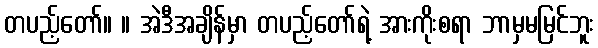
တပည့်တော်။ ။ အဲဒီအချိန်မှာ တပည့်တော်ရဲ့ အားကိုးစရာ ဘာမှမမြင်ဘူး